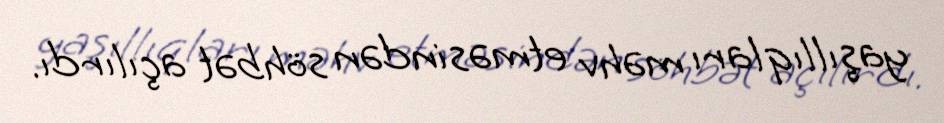
yaşıllıqları məhv etməsindən söhbət açılırdı.